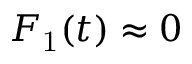
F _ { \mathrm { 1 } } ( t ) \approx 0